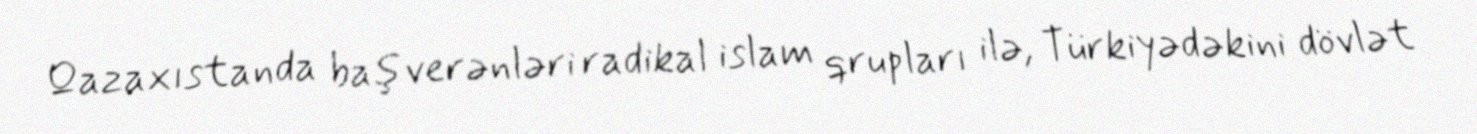
Qazaxıstanda baş verənləri radikal islam qrupları ilə, Türkiyədəkini dövlət